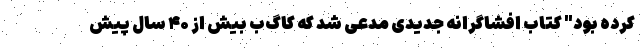
کرده بود" کتاب افشاگرانه جدیدی مدعی شد که کاگ‌ب بیش از ۴۰ سال پیش